Civil Veterinary Dept. Bombay admin report 1932-41 - 1932-1941
Year: 1932
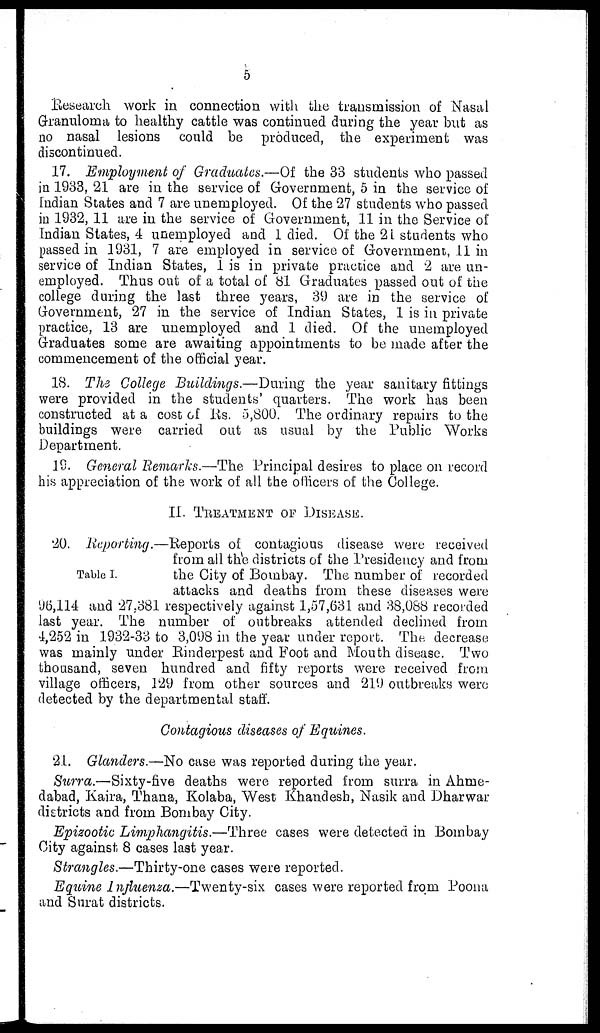
5
Research work in connection with the transmission of Nasal
Granuloma to healthy cattle was continued during the year but as
no nasal lesions could be produced, the experiment was
discontinued.
17. Employment of Graduates.—Of the 33 students who passed
in 1933, 21 are in the service of Government, 5 in the service of
Indian States and 7 are unemployed. Of the 27 students who passed
in 1932, 11 are in the service of Government, 11 in the Service of
Indian States, 4 unemployed and 1 died. Of the 21 students who
passed in 1931, 7 are employed in service of Government, 11 in
service of Indian States, 1 is in private practice and 2 are un-
employed. Thus out of a total of 81 Graduates passed out of the
college during the last three years, 39 are in the service of
Government, 27 in the service of Indian States, 1 is in private
practice, 13 are unemployed and 1 died. Of the unemployed
Graduates some are awaiting appointments to be made after the
commencement of the official year.
18. The College Buildings.—During the year sanitary fittings
were provided in the students' quarters. The work has been
constructed at a cost of Rs. 5,800. The ordinary repairs to the
buildings were carried out as usual by the Public Works
Department.
19. General Remarks.—The Principal desires to place on record
his appreciation of the work of all the officers of the College.
II. TREATMENT OF DISEASE
Table I.
20. Reporting.—Reports of contagious disease were received
from all the districts of the Presidency and from
the City of Bombay. The number of recorded
attacks and deaths from these diseases were
96,114 and 27,381 respectively against 1,57,631 and 38,088 recorded
last year. The number of outbreaks attended declined from
4,252 in 1932-33 to 3,098 in the year under report. The decrease
was mainly under Rinderpest and Foot and Mouth disease. Two
thousand, seven hundred and fifty reports were received from
village officers, 129 from other sources and 219 outbreaks were
detected by the departmental staff.
Contagious diseases of Equines.
21. Glanders.—No case was reported during the year.
Surra.—Sixty-five deaths were reported from surra in Ahme-
dabad, Kaira, Thana, Kolaba, West Khandesh, Nasik and Dharwar
districts and from Bombay City.
Epizootic Limphangitis.—Three cases were detected in Bombay
City against 8 cases last year.
Strangles.—Thirty-one cases were reported.
Equine Influenza.—Twenty-six cases were reported from Poona
and Surat districts.